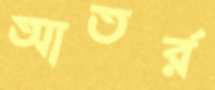
আতর্র